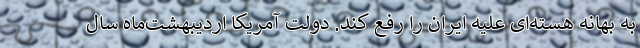
به بهانه هسته‌ای علیه ایران را رفع کند. دولت آمریکا اردیبهشت‌ماه سال